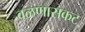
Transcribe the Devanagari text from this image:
वळणासकट